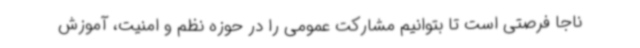
ناجا فرصتی است تا بتوانیم مشارکت عمومی را در حوزه نظم و امنیت، آموزش